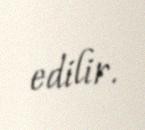
edilir.